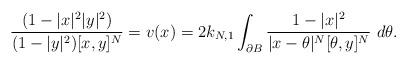
LaTeX: \begin{align*}\frac{(1-|x|^2|y|^2)}{(1-|y|^2)[x,y]^{N}}=v(x)=2k_{N,1}\int_{\partial B}\frac{1-|x|^2}{|x-\theta|^N[\theta,y]^{N}}\ d\theta.\end{align*}